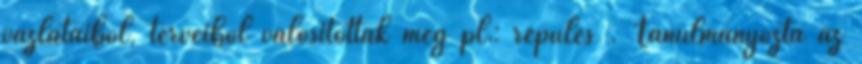
vázlataiból, terveiből valósítottak meg pl.: repülés . Tanulmányozta az